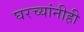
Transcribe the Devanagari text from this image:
घरच्यांनीही